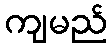
ကျမည်